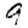
Digit: 9